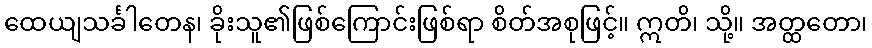
ထေယျသင်္ခါတေန၊ ခိုးသူ၏ဖြစ်ကြောင်းဖြစ်ရာ စိတ်အစုဖြင့်။ ဣတိ၊ သို့။ အတ္ထတော၊